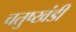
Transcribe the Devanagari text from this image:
चतुष्खंडी